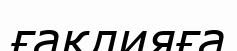
ғақлияға